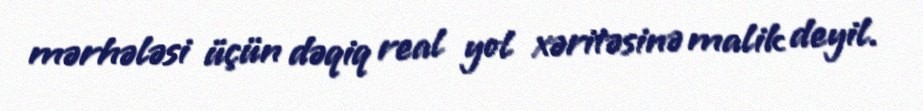
mərhələsi üçün dəqiq real yol xəritəsinə malik deyil.